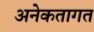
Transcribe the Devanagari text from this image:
अनेकतागत